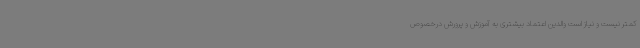
کمتر نیست و نیاز است والدین اعتماد بیشتری به آموزش و پرورش درخصوص